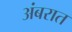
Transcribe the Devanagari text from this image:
अंबरात